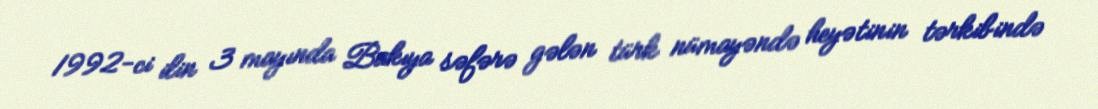
1992-ci ilin 3 mayında Bakıya səfərə gələn türk nümayəndə heyətinin tərkibində